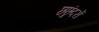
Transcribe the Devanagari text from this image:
छछुंदरों